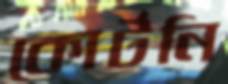
কোর্টনি